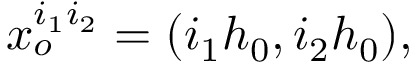
x _ { o } ^ { i _ { 1 } i _ { 2 } } = ( i _ { 1 } h _ { 0 } , i _ { 2 } h _ { 0 } ) ,